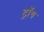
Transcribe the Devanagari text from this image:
ट्राॅय